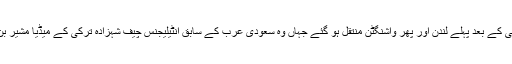
برطرفی کے بعد پہلے لندن اور پھر واشنگٹن منتقل ہو گئے جہاں وہ سعودی عرب کے سابق انٹیلیجنس چیف شہزادہ ترکی کے میڈیا مشیر بن گئے۔